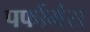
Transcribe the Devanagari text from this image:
पर्फौर्मंस